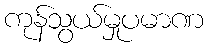
ကုန်သွယ်မှုပမာဏ